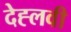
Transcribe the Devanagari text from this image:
देह्लवी